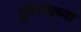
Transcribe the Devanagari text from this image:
पुतण्याच्या